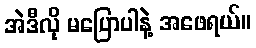
အဲဒီလို မပြောပါနဲ့ အဖေရယ်။